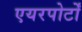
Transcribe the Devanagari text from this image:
एयरपोर्टों